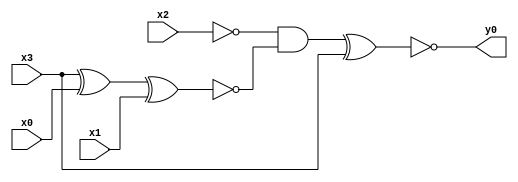
module top( x0 , x1 , x2 , x3 , y0 );
  input x0 , x1 , x2 , x3 ;
  output y0 ;
  wire n5 , n6 , n7 , n8 ;
  assign n5 = x3 ^ x0 ;
  assign n6 = n5 ^ x1 ;
  assign n7 = ~x2 & ~n6 ;
  assign n8 = n7 ^ x3 ;
  assign y0 = ~n8 ;
endmodule